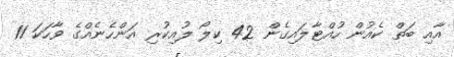
އާއި ބަތް ކެއުން ހުއްޓާލައިގެން 42 ކިލޯ ލުއިކުރި އަންހެނެއްގެ ވާހަކަ 11